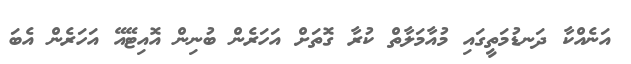
އަނެއްކާ ދަނޑުމަތީގައި މުއާމަލާތް ކުރާ ގޮތަށް އަހަރެން ބުނިން އޮއިޓޭއޭ އަހަރެން އެބަ